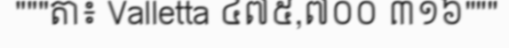
"""តា៖ Valletta ៤៧៥,៧០០ ៣១៦"""